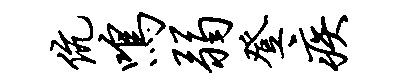
伉鸣弱登疾